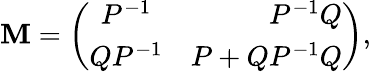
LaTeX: \mathbf{M}=\left(\begin{array}{crc}{{P^{-1}}}&{{P^{-1}Q}}\\ {{QP^{-1}}}&{{P+QP^{-1}Q}}\end{array}\right),